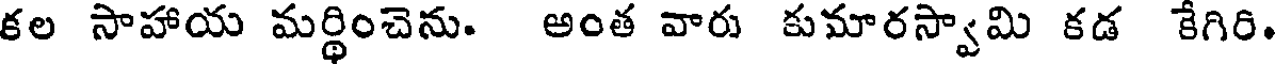
కల సాహాయ మర్థించెను. అంత వారు కుమారస్వామి కడ కేగిరి.